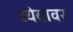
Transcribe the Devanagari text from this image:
ध्येयावर